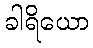
ခါရိယော